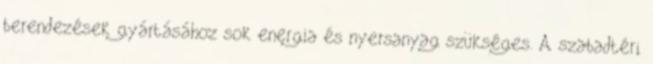
berendezések gyártásához sok energia és nyersanyag szükséges. A szabadtéri